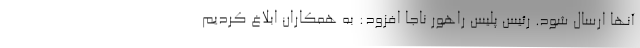
آنها ارسال شود. رئیس پلیس راهور ناجا افزود: به همکاران ابلاغ کردیم